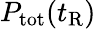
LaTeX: P_{\mathrm{{tot}}}(t_{\mathrm{{R}}})